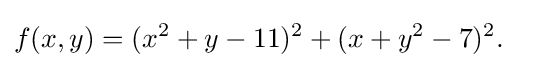
f(x,y)=(x^{2}+y-11)^{2}+(x+y^{2}-7)^{2}.\quad